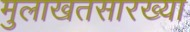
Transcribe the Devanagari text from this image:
मुलाखतसारख्या